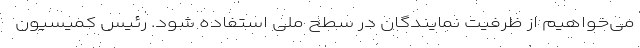
می‌خواهیم از ظرفیت نمایندگان در سطح ملی استفاده شود. رئیس کمیسیون